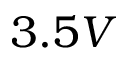
3 . 5 V